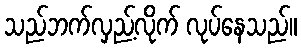
သည်ဘက်လှည့်လိုက် လုပ်နေသည်။